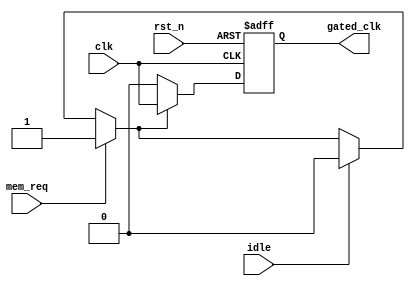
module conditional_clock_gating (
    input wire clk,            // Main clock signal
    input wire rst_n,         // Active low reset signal
    input wire mem_req,       // Memory request signal (read/write)
    input wire idle,          // Signals when the memory is idle
    output reg gated_clk       // Gated clock output
);

// Define clock enable signal based on idle and memory request
wire ce;
assign ce = mem_req ? 1'b1 : (idle ? 1'b0 : ce); // CE is high when there's a memory request

// Clock gating logic
always @(posedge clk or negedge rst_n) begin
    if (!rst_n) begin
        gated_clk <= 1'b0; // Reset gated clock
    end else begin
        // Gated clock is only enabled when CE is high
        gated_clk <= ce ? clk : 1'b0;
    end
end

endmodule